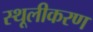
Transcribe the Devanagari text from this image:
स्थूलीकरण